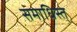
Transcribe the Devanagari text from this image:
समाधिस्त्